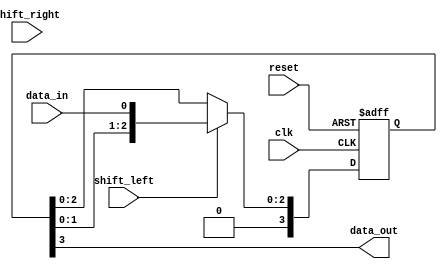
module siso_shift_register (
    input clk,
    input reset,
    input shift_left,
    input shift_right,
    input data_in,
    output reg data_out
);

parameter NUM_FF = 4; // Number of flip-flops in the shift register

reg [NUM_FF-1:0] reg_data;
reg [NUM_FF-2:0] next_reg_data;

always @(posedge clk or posedge reset) begin
    if (reset) begin
        reg_data <= 0;
    end else begin
        if (shift_left) begin
            next_reg_data = {reg_data[NUM_FF-2:0], data_in};
        end else if (shift_right) begin
            next_reg_data = {data_in, reg_data[NUM_FF-2:0]};
        end else begin
            next_reg_data = reg_data;
        end
        
        reg_data <= next_reg_data;
    end
end

assign data_out = reg_data[NUM_FF-1]; // Output data from the last flip-flop

endmodule